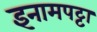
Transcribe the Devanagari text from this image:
इनामपट्टा